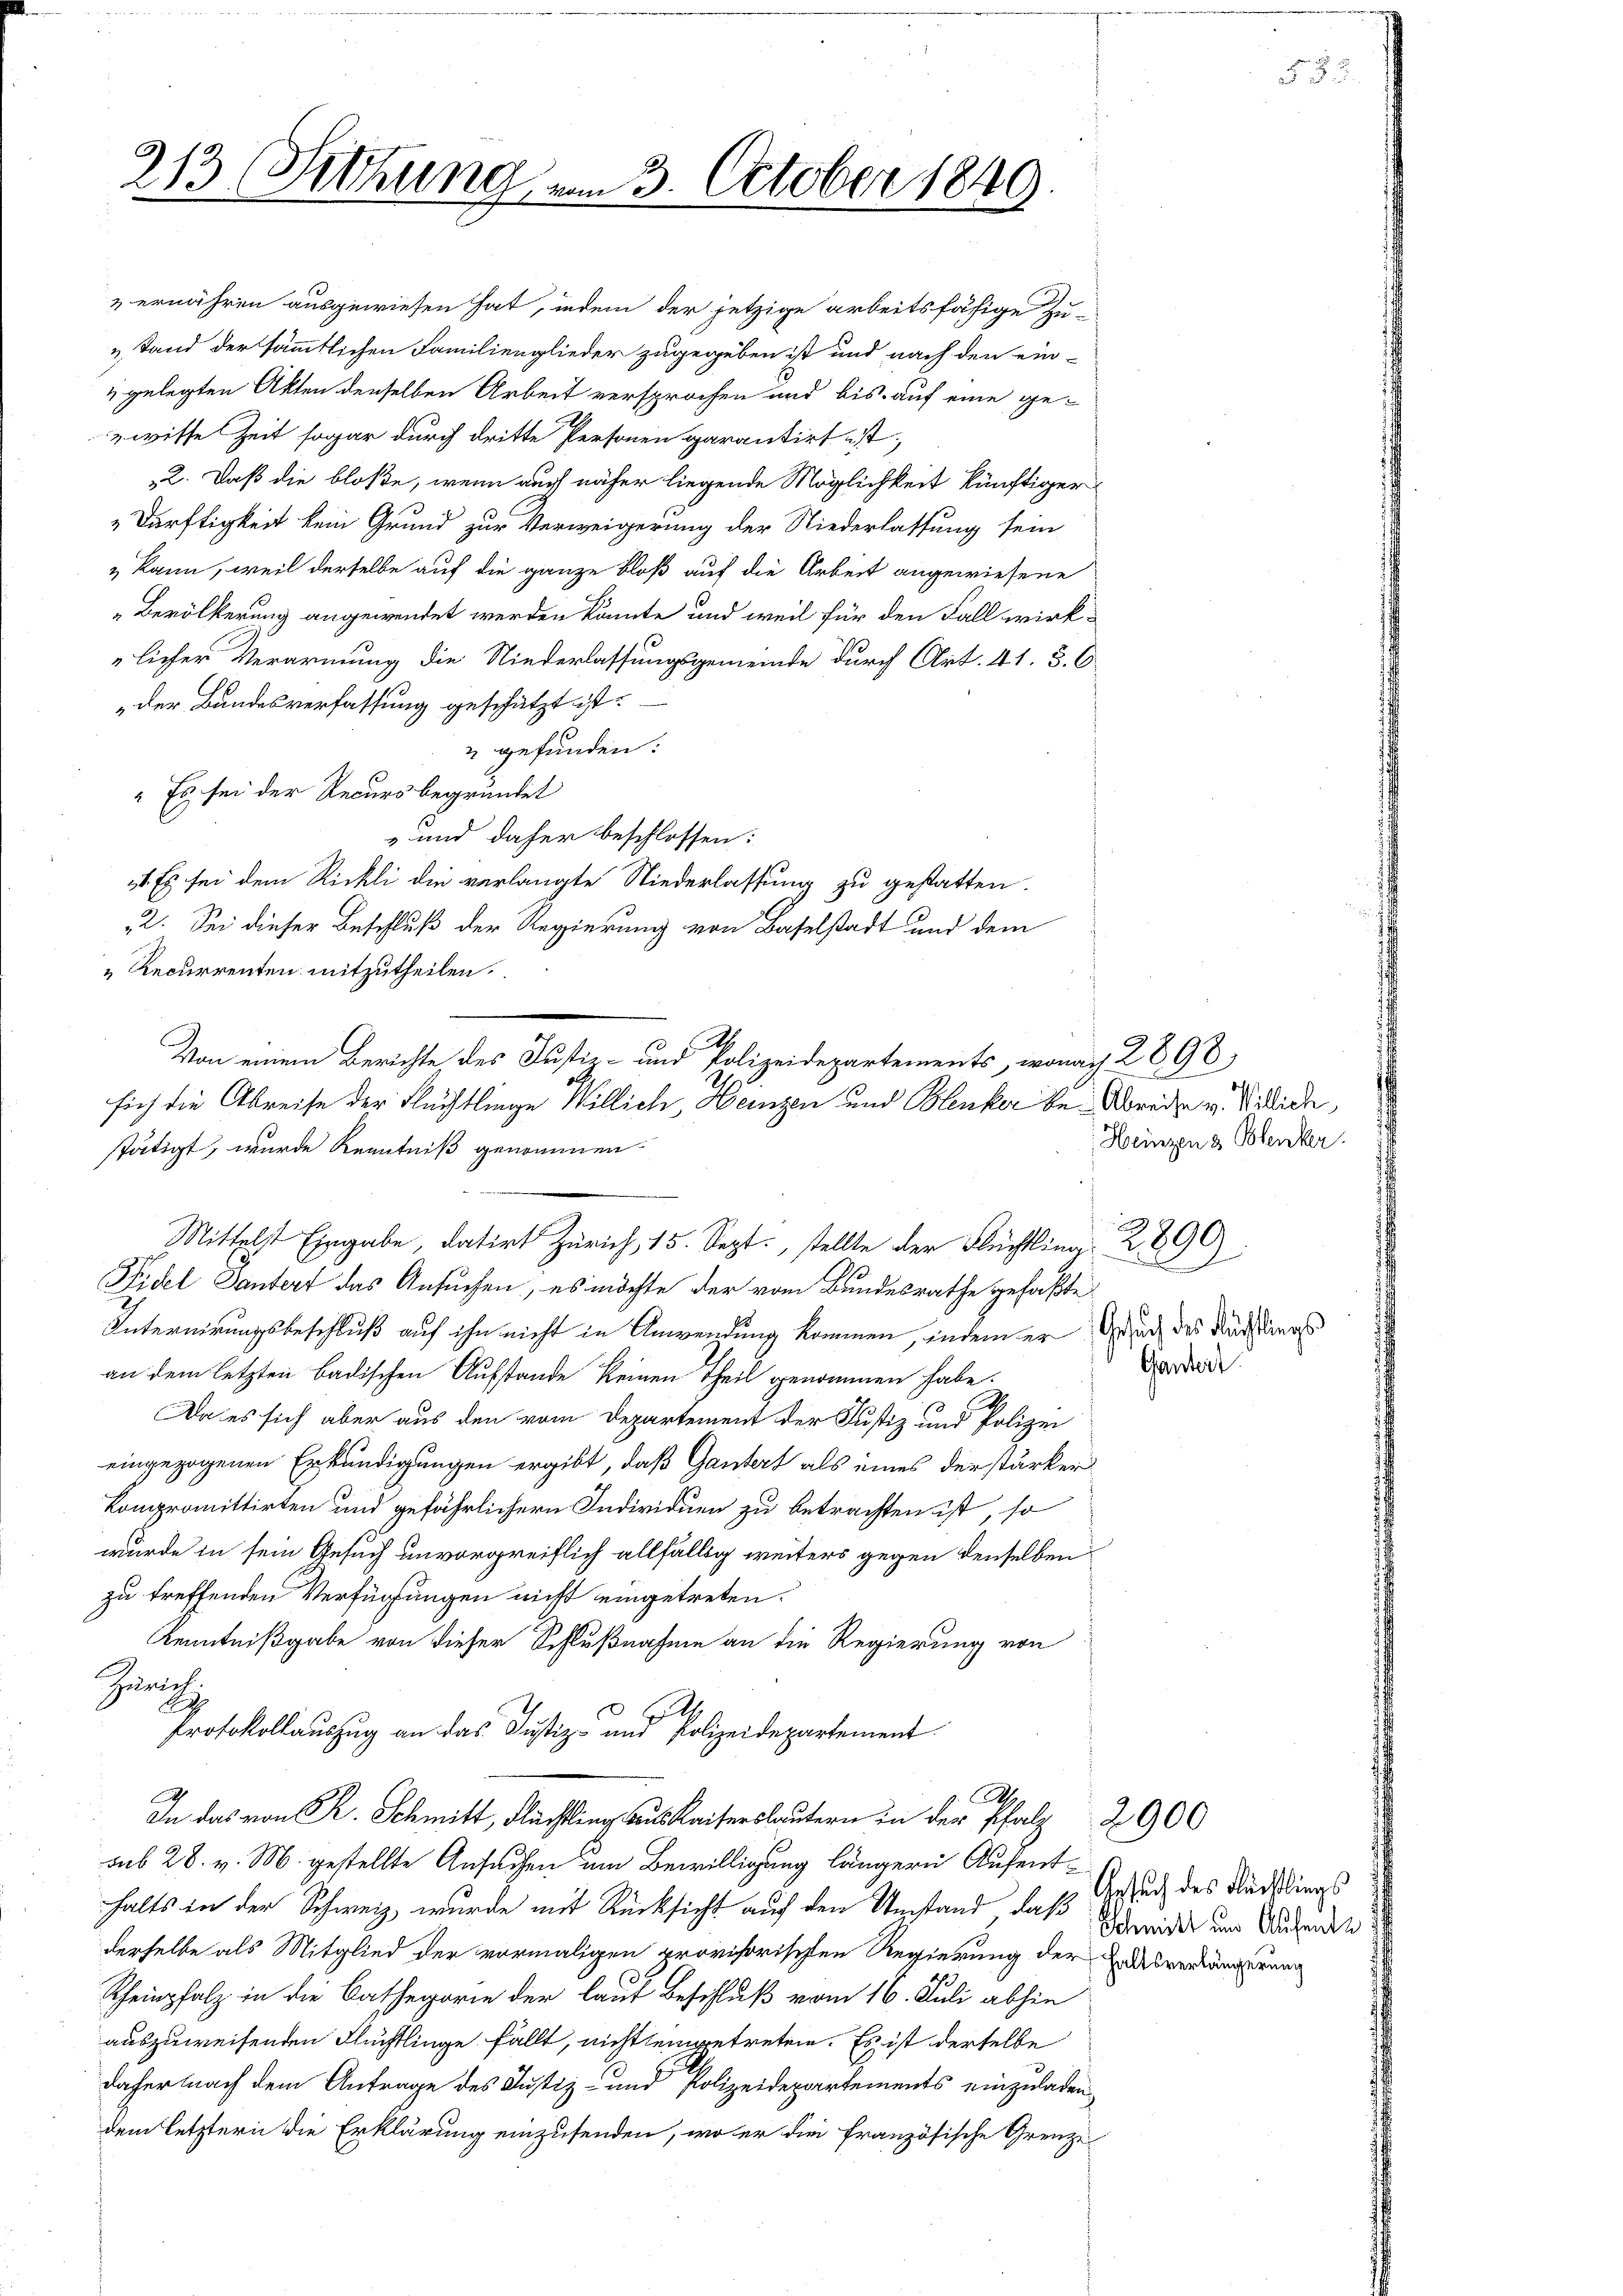
.
213
Sitzung vom 3. October 1840

u gefunden:
" Es sei der Recurs begründet
-und daher beschlossen:
Fidel Dantert das Ansuchen, es möchte der vom Bundesrathe gefaßte
Internirungsbeschluß auf ihn nicht in Anwendung kommen, indem er Gesuch des Rechtings
an dem letzten badischen Aufstande keinen Theil genommen habe.
Da es sich aber aus den vom Departement der Justiz und Polizei
eingezogenen Erkundigungen ergibt, daß Gantert als eines derstärker
Compromittirten und gefährlichern Individuen zu betrachten ist, so
wurde in sein Gesuch unvorgreiflich allfällig weiters gegen denselben
zu treffenden Verfügungen nicht eingetreten.
Kenntnißgabe von dieser Schlußnahme an die Regierung von
Zürich
A
.
Protokollauszug an das Justiz- und Polizeidepartement
A
.
In das von R. Schmitt, Flüchtling aus Kaisers lautern in der Pfalz 2900
sub 28. v. M. gestellte Ansuchen um Bewilligung längern Aufenthalts in der Schweiz, wurde mit Rücksicht auf den Umstand, daß Gesuch des Rüdedings
derselbe als Mitglied der vormaligen provisorischen Regierung der
Rheinpfalz in die Kathegorie der laut Beschluß vom 16. Juli abhin
auszuweisenden Flüchtlinge fällt, nicht eingetreten. Es ist derselbe
daher nach dem Antrage des Justiz- und Polizeidepartements einzuladendem letztern die Erklärung einzusenden, wo er die französische Grenze

v ernähren ausgewiesen hat, indem der jetzige arbeitsfähige Zu-
u Stand der sämmtlichen Familienglieder zugegeben ist und nach den ein-
 gelegten Akten denselben Arbeit versprochen und bis auf eine ge-
wisse Zeit sogar durch dritte Personen garantirt ist,
2. Daß die bloße, wenn auch näher liegende Möglichkeit künftiger
Dürftigkeit kein Grund zur Verweigerung der Niederlassung sein
" kann, weil derselbe auf die ganze bloß auf die Arbeit angewiesene
„Bevölkerung angewendet werden könnte, und weil für den Fall wirklicher Verarmung die Niederlassungsgemeinde durch Art. 41. 3. C.
„der Bundesverfassung geschätzt ist.

51. Es sei dem Rickli die verlangte Niederlassung zu gestatten.
2. Sei dieser Beschluß der Regierung von Baselstadt und dem
Recurrenten mitzutheilen.
St.
Von einem Berichte des Justiz- und Polizeidepartements, wonach 2898
sich die Abreise der Flüchtlinge Willich, Heizen und Blenker be-Abreite v. Vieleide
stätigt, wurde Kenntniß genommen

Mittelst Eingabe, datirt Zürich, 15. Sept., stellte der Flüchtl. 2890).

Heinzen 3 Blenker.

2
Ganzeit.

Schmitt und Aufentl
haltsverlängerung